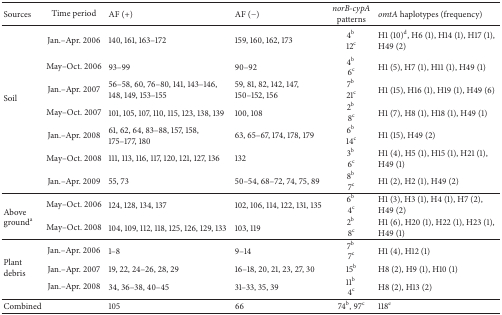
<table><thead><tr><td><b>Sources</b></td><td><b>Time period</b></td><td><b>AF (+)</b></td><td><b>AF (−)</b></td><td><b><i>norB-cypA</i> patterns</b></td><td><b><i>omtA</i> haplotypes (frequency)</b></td></tr></thead><tbody><tr><td rowspan="7">Soil</td><td>Jan.–Apr. 2006</td><td>140, 161, 163–172 </td><td>159, 160, 162, 173</td><td>4<sup>b</sup>12<sup>c</sup></td><td>H1 (10)<sup>d</sup>, H6 (1), H14 (1), H17 (1), H49 (2)</td></tr><tr><td>May–Oct. 2006 </td><td>93–99</td><td>90–92</td><td>4<sup>b</sup> 6<sup>c</sup></td><td>H1 (5), H7 (1), H11 (1), H49 (1)</td></tr><tr><td>Jan.–Apr. 2007</td><td>56–58, 60, 76–80, 141, 143–146, 148, 149, 153–155 </td><td>59, 81, 82, 142, 147, 150–152, 156</td><td>7<sup>b</sup> 21<sup>c</sup></td><td>H1 (15), H16 (1), H19 (1), H49 (6)</td></tr><tr><td>May–Oct. 2007</td><td>101, 105, 107, 110, 115, 123, 138, 139</td><td>100, 108 </td><td>2<sup>b</sup> 8<sup>c</sup></td><td>H1 (7), H8 (1), H18 (1), H49 (1)</td></tr><tr><td>Jan.–Apr. 2008</td><td>61, 62, 64, 83–88, 157, 158, 175–177, 180</td><td>63, 65–67, 174, 178, 179 </td><td>6<sup>b</sup> 14<sup>c</sup></td><td>H1 (15), H49 (2)</td></tr><tr><td>May–Oct. 2008</td><td>111, 113, 116, 117, 120, 121, 127, 136</td><td>132</td><td>3<sup>b</sup> 6<sup>c</sup></td><td>H1 (4), H5 (1), H15 (1), H21 (1), H49 (1)</td></tr><tr><td>Jan.–Apr. 2009</td><td>55, 73 </td><td>50–54, 68–72, 74, 75, 89</td><td>8<sup>b</sup> 7<sup>c</sup></td><td>H1 (2), H2 (1), H49 (2)</td></tr><tr><td rowspan="2">Above ground<sup>a</sup></td><td>May–Oct. 2006</td><td>124, 128, 134, 137</td><td>102, 106, 114, 122, 131, 135</td><td>6<sup>b</sup> 4<sup>c</sup></td><td>H1 (3), H3 (1), H4 (1), H7 (2), H49 (2)</td></tr><tr><td>May–Oct. 2008</td><td>104, 109, 112, 118, 125, 126, 129, 133</td><td>103, 119</td><td>2<sup>b</sup> 8<sup>c</sup></td><td>H1 (6), H20 (1), H22 (1), H23 (1), H49 (1)</td></tr><tr><td rowspan="3">Plant debris</td><td>Jan.–Apr. 2006</td><td>1–8 </td><td>9–14</td><td>7<sup>b</sup> 7<sup>c</sup></td><td>H1 (4), H12 (1)</td></tr><tr><td>Jan.–Apr. 2007</td><td>19, 22, 24–26, 28, 29 </td><td>16–18, 20, 21, 23, 27, 30</td><td>15<sup>b</sup></td><td>H8 (2), H9 (1), H10 (1)</td></tr><tr><td>Jan.–Apr. 2008</td><td>34, 36–38, 40–45</td><td>31–33, 35, 39</td><td>11<sup>b</sup> 4<sup>c</sup></td><td>H8 (2), H13 (2)</td></tr><tr><td>Combined</td><td> </td><td>105</td><td>66</td><td>74<sup>b</sup>, 97<sup>c</sup></td><td>118<sup>e</sup></td></tr></tbody></table>